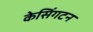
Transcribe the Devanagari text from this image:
केसिंगटन